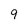
Character: 9